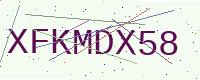
Text: XFKMDX58